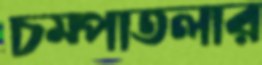
চম্পাতলার